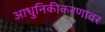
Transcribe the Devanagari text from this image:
आधुनिकीकरणावर